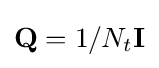
\mathbf {Q} =1/N_{t}\mathbf {I}